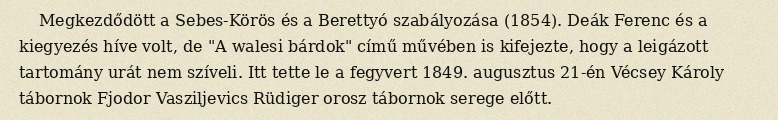
Megkezdődött a Sebes-Körös és a Berettyó szabályozása (1854). Deák Ferenc és a kiegyezés híve volt, de "A walesi bárdok" című művében is kifejezte, hogy a leigázott tartomány urát nem szíveli. Itt tette le a fegyvert 1849. augusztus 21-én Vécsey Károly tábornok Fjodor Vasziljevics Rüdiger orosz tábornok serege előtt.